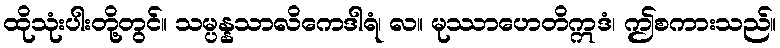
ထိုသုံးပါးတို့တွင်။ သမ္ပန္နသာလိကေဒါရံ၊ လ။ မုဿာဟေတိဣဒံ၊ ဤစကားသည်။